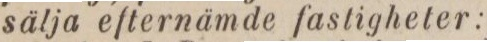
sälja efternämde fastigheter: